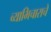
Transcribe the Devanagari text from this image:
व्याभिचाराचे